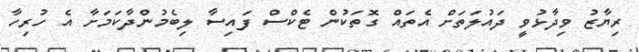
ރިޔާޒު ވިދާޅުވީ ދައުލަތަށް އެތައް ގޮތަކުން ޓެކްސް ފައިސާ ލިބެމުންދާކަމަށާ އެ ހުރިހާ